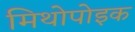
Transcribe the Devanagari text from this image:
मिथोपोइक